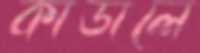
কাডালে